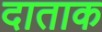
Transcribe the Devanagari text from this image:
दाताक